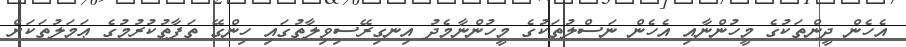
އެހެން ދީންތަކުގެ މީހުންނާއި އެހެން ނަސްލުތަކުގެ މީހުންނާމެދު އިނގިރޭސިވިލާތުގައި ހިންގޭ ތަފާތުކުރުމުގެ ޢަމަލުތަކަށް